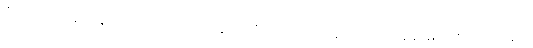
ဂျီတာသည် ချက်ချင်း ခေါင်း အဖုံးကိုပြန်ပိတ်ပြီး ခေါင်းကိုမြေတွင်းထဲသို့ချ၍ မြှုပ်ပစ်လိုက်သည်။